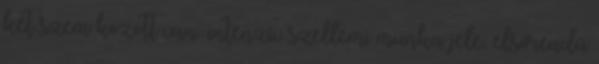
két szem között van: intenzív szellemi munka jele, elsőrendű